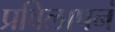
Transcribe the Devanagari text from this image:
प्रविलापनं